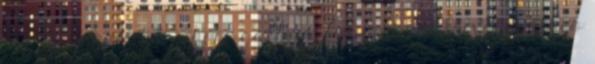
sex, kemény, hot whore gallery Anya -ban Törvény Rides